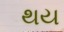
થય